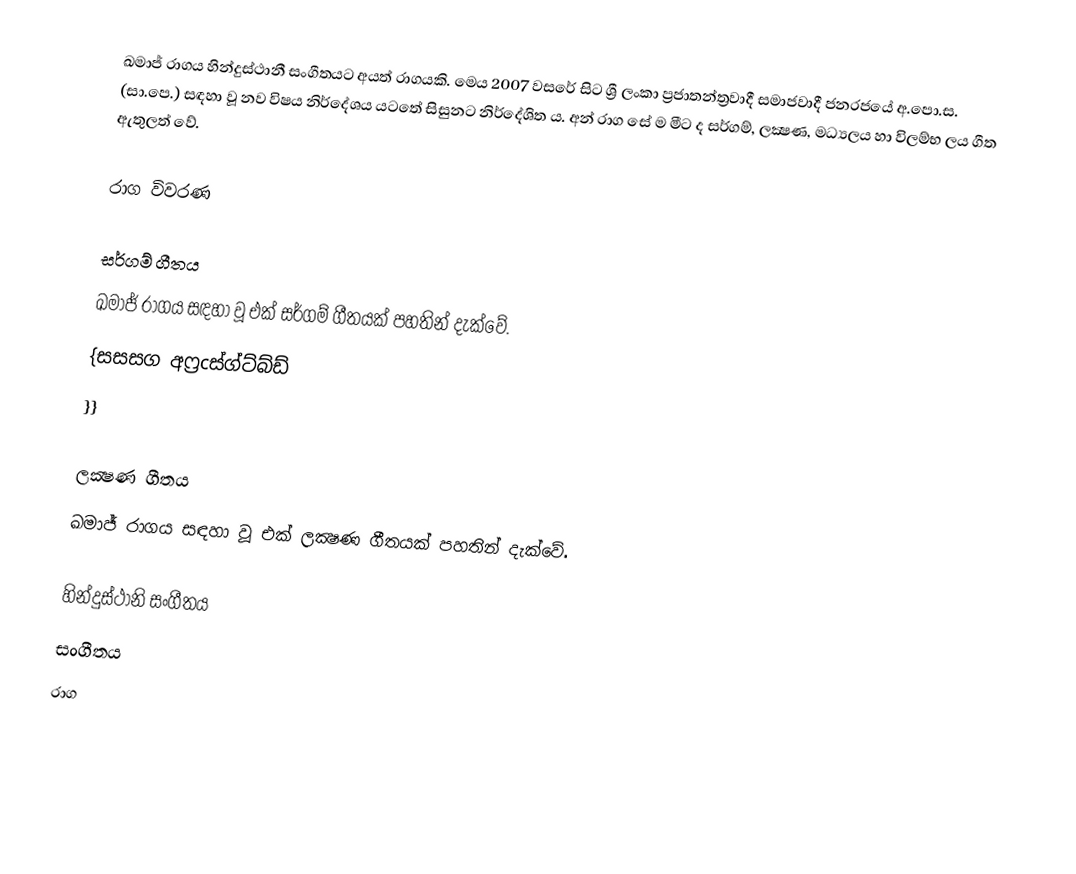
ඛමාජ් රාගය හින්දුස්ථානී සංගීතයට අයත් රාගයකි. මෙය 2007 වසරේ සිට ශ්‍රී ලංකා ප්‍රජාතන්ත්‍රවාදී සමාජවාදී ජනරජයේ අ.පො.ස. (සා.පෙ.) සඳහා වූ නව විෂය නිර්දේශය යටතේ සිසුනට නිර්දේශිත ය. අන් රාග සේ ම මීට ද සර්ගම්, ලක්‍ෂණ, මධ්‍යලය  හා විලම්භ ලය ගීත ඇතුලත් වේ.

රාග විවරණ

සර්ගම් ගීතය
ඛමාජ් රාගය සඳහා වූ එක් සර්ගම් ගීතයක් පහතින් දැක්වේ.
{සසසග අෆ්‍රcස්ග්ට්බ්ඩ්
}}

ලක්‍ෂණ ගීතය
ඛමාජ් රාගය සඳහා වූ එක් ලක්‍ෂණ ගීතයක් පහතින් දැක්වේ.

හින්දුස්ථානි සංගීතය
සංගීතය
රාග